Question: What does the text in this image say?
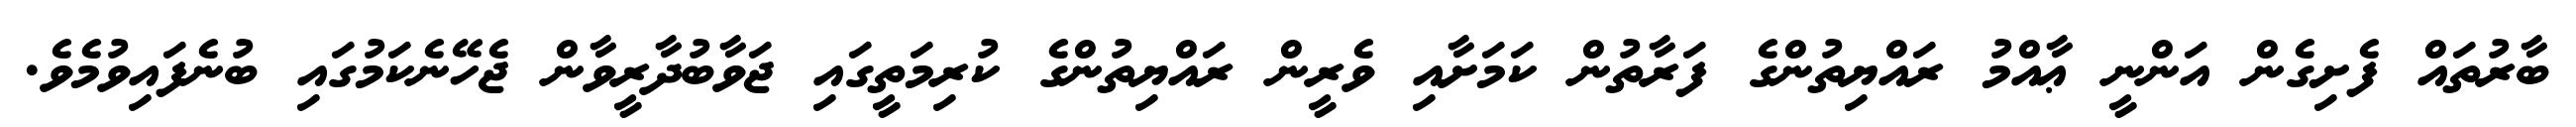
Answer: ބާރުތައް ފެށިގެން އަންނީ ޢާއްމު ރައްޔިތުންގެ ފަރާތުން ކަމަށާއި ވެރީން ރައްޔިތުންގެ ކުރިމަތީގައި ޖަވާބުދާރީވާން ޖެހޭނެކަމުގައި ބުނެފައިވުމެވެ.